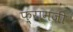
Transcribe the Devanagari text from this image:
फ़्रामजी